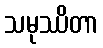
သမုဿိတာ